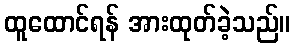
ထူထောင်ရန် အားထုတ်ခဲ့သည်။